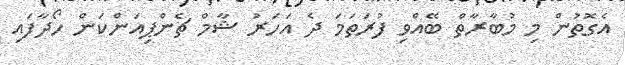
އެގޮތުން މި މުބާރާތް ބޭއްވި ފުރަތަމަ ދެ އަހަރު ޝާމް ޗެންޕިއަންކަން ހޯދާފައި